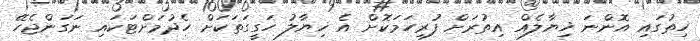
ހިތުގައި އޮންނަ ޚިޔާލެއް އިތުރަށް ފުރިހަމަކޮށް އެ ޚިޔާލު ހަގީގަތަކަށް ހެދުމަށްޓަކައި ނަގަންޖެހޭ